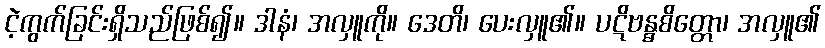
ငဲ့ကွက်ခြင်းရှိသည်ဖြစ်၍။ ဒါနံ၊ အလှူကို။ ဒေတိ၊ ပေးလှူ၏။ ပဋိဗန္ဓစိတ္တော၊ အလှူ၏